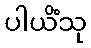
ပါယိံသု